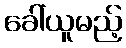
ခေါ်ယူမည့်